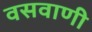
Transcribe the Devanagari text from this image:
वसवाणी